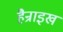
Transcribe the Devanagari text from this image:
हैन्राइख